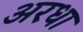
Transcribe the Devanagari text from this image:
अरधा